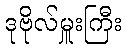
ဒုဗိုလ်မှူးကြီး